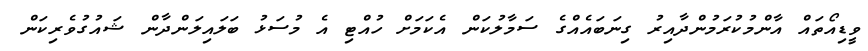
ވީޑިއޯތައް އާންމުކުރަމުންދާއިރު ގިނަބައެއްގެ ސަމާލުކަން އެކަމަށް ހުއްޓި އެ މުސަޅު ބަލައިލަންދާން ޝައުގުވެރިކަން